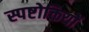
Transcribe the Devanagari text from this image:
स्पष्टोक्तियों